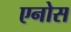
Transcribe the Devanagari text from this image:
एनोस